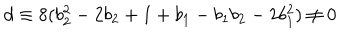
LaTeX: d \equiv 8 ( b _ { 2 } ^ { 2 } - 2 b _ { 2 } + 1 + b _ { 1 } - b _ { 1 } b _ { 2 } - 2 b _ { 1 } ^ { 2 } ) \neq 0